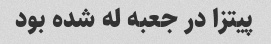
پیتزا در جعبه له شده بود